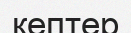
кептер